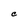
Character: C